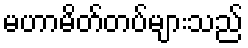
မဟာမိတ်တပ်များသည်